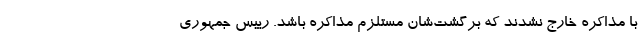
با مذاکره خارج نشدند که برگشت‌شان مستلزم مذاکره باشد. رییس جمهوری